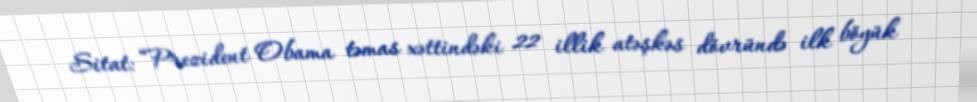
Sitat: “Prezident Obama təmas xəttindəki 22 illik atəşkəs dövründə ilk böyük